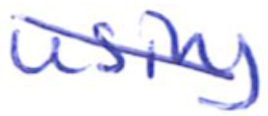
Text: using
Cross-out: diagonal
Writing tool: ballpoint